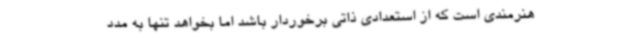
هنرمندی است که از استعدادی ذاتی برخوردار باشد اما بخواهد تنها به مدد